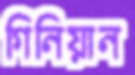
গিনিয়ান